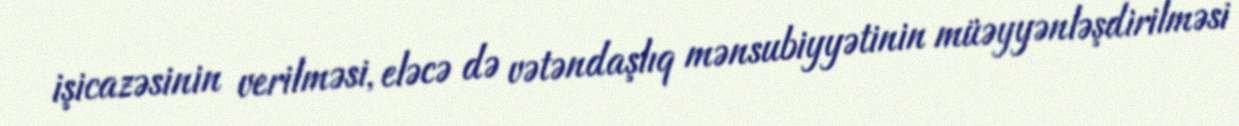
işicazəsinin verilməsi, eləcə də vətəndaşlıq mənsubiyyətinin müəyyənləşdirilməsi